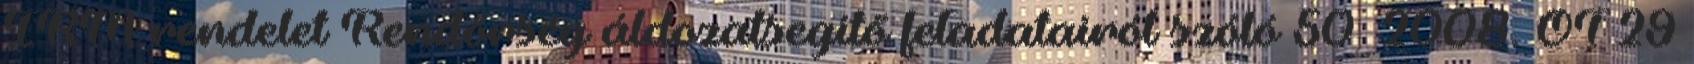
IRM rendelet Rendőrség áldozatsegítő feladatairól szóló 50 2008. OT 29